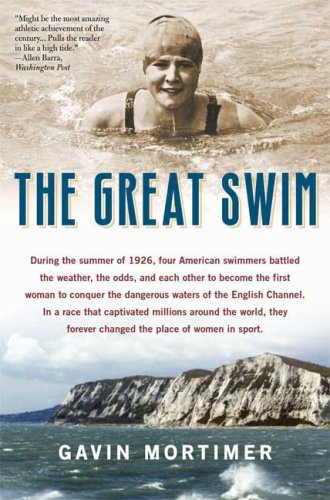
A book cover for The Great Swim; Gavin Mortimer; Sports & Outdoors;